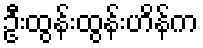
ဦးထွန်းထွန်းဟိန်က